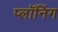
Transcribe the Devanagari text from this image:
प्लॉनिंग